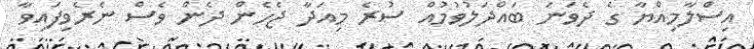
އިސްލާމިއްޔާ ގެ ދެވަނަ ބައްދަލުވުމުއް ސުރެ މިއަދާ ޖެހެން ދެން ވެސް ނެރެވިފައިވާ